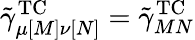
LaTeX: \tilde{\gamma}_{\mu[M]\nu[N]}^{\mathrm{TC}}=\tilde{\gamma}_{MN}^{\mathrm{TC}}